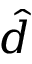
\hat { d }